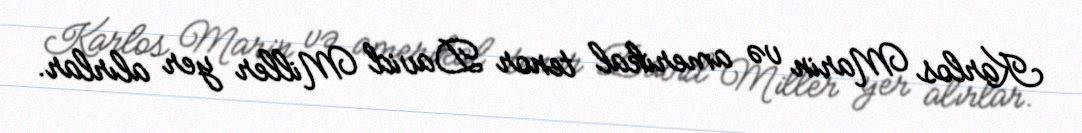
Karlos Marin və amerikal tenor David Miller yer alırlar.